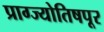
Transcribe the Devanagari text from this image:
प्राग्ज्योतिषपूर